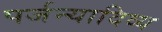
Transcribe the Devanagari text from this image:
पर्जन्यादिव्य